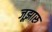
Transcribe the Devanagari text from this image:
जूझारु